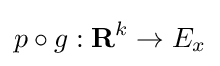
p\circ g:\mathbf {R} ^{k}\to E_{x}